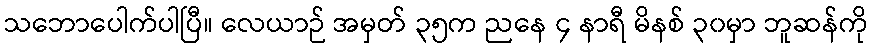
သဘောပေါက်ပါပြီ။ လေယာဉ် အမှတ် ၃၅က ညနေ ၄ နာရီ မိနစ် ၃၀မှာ ဘူဆန်ကို